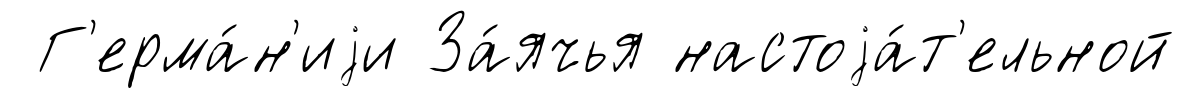
Г'ерма́н'иjи За́ячья настоjа́т'ельной